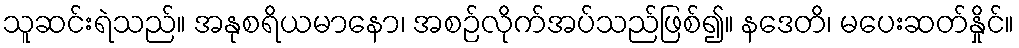
သူဆင်းရဲသည်။ အနုစရိယမာနော၊ အစဉ်လိုက်အပ်သည်ဖြစ်၍။ နဒေတိ၊ မပေးဆတ်နှိုင်။